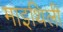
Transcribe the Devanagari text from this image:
माइथिली